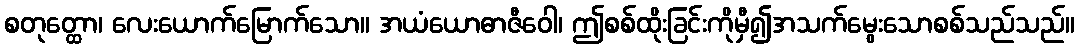
စတုတ္ထော၊ လေးယောက်မြောက်သော။ အယံယောဓာဇီဝေါ၊ ဤစစ်ထိုးခြင်းကိုမှီ၍အသက်မွေးသောစစ်သည်သည်။